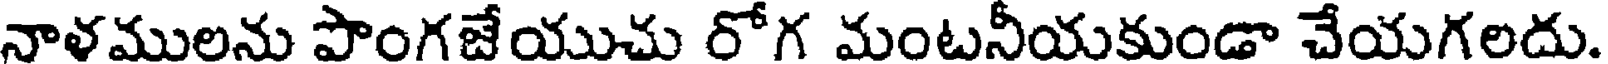
నాళములను పొంగజేయుచు రోగ మంటనీయకుండా చేయగలదు.